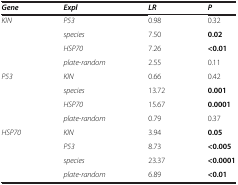
<table><thead><tr><td><b><i>Gene</i></b></td><td><b><i>Expl</i></b></td><td><b><i>LR</i></b></td><td><b><i>P</i></b></td></tr></thead><tbody><tr><td><i>KIN</i></td><td><i>P53</i></td><td>0.98</td><td>0.32</td></tr><tr><td> </td><td><i>species</i></td><td>7.50</td><td><b>0.02</b></td></tr><tr><td> </td><td><i>HSP70</i></td><td>7.26</td><td><b>&lt;0.01</b></td></tr><tr><td> </td><td><i>plate-random</i></td><td>2.55</td><td>0.11</td></tr><tr><td><i>P53</i></td><td><i>KIN</i></td><td>0.66</td><td>0.42</td></tr><tr><td> </td><td><i>species</i></td><td>13.72</td><td><b>0.001</b></td></tr><tr><td> </td><td><i>HSP70</i></td><td>15.67</td><td><b>0.0001</b></td></tr><tr><td> </td><td><i>plate-random</i></td><td>0.79</td><td>0.37</td></tr><tr><td><i>HSP70</i></td><td><i>KIN</i></td><td>3.94</td><td><b>0.05</b></td></tr><tr><td> </td><td><i>P53</i></td><td>8.73</td><td><b>&lt;0.005</b></td></tr><tr><td> </td><td><i>species</i></td><td>23.37</td><td><b>&lt;0.0001</b></td></tr><tr><td> </td><td><i>plate-random</i></td><td>6.89</td><td><b>&lt;0.01</b></td></tr></tbody></table>